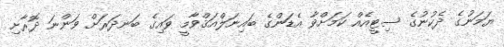
ޔަމަނުގެ ދެކުނުގެ ސިޓީއެއް ކަމަށްވާ އެޑަންގެ ބައިނަލްއަޤްވާމީ ވައިގެ ބަނދަރަށް ވަންނަ ދޮރާށި